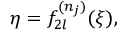
\eta = f _ { 2 l } ^ { ( n _ { j } ) } ( \xi ) ,